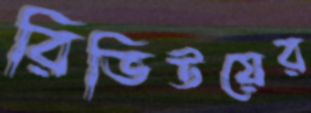
রিভিউয়ের